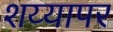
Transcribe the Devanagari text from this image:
शय्यापर